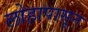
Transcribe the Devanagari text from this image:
लोहापासून